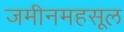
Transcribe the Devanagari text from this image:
जमीनमहसूल